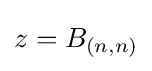
z=B_{(n,n)}